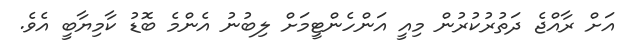
އަށް ރާއްޖެ ދަތުރުކުރުން މިއީ އަންހެންޓީމަށް ލިބުނު އެންމެ ބޮޑު ކާމިޔާބީ އެވެ.